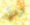
تردني